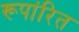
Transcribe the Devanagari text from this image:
रूपांरित